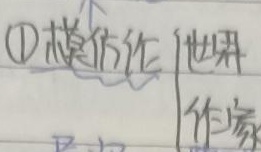
\textcircled{1}模仿论
$\begin{cases}
\text{世界}\\
\text{作家}
\end{cases}$